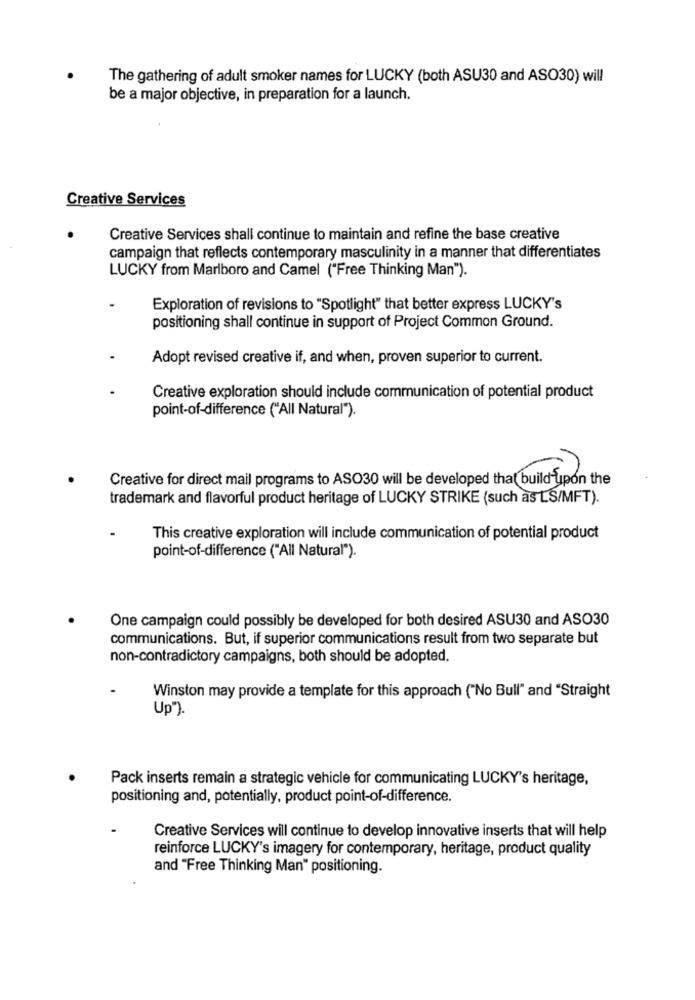
The gathering of adult smoker names for LUCKY (both ASU30 and ASO30) will
be a major objective, in preparation for a launch.
Creative Services
Creative Services shall continue to maintain and refine the base creative
campaign that reflects contemporary masculinity in a manner that differentiates
LUCKY from Marlboro and Camel ("Free Thinking Man").
Exploration of revisions to "Spotlight" that better express LUCKY's
positioning shall continue in support of Project Common Ground.
Adopt revised creative if, and when, proven superior to current.
Creative exploration should include communication of potential product
point-of-difference ("All Natural").
Creative for direct mail programs to ASO30 will be developed that build upon the
trademark and flavorful product heritage of LUCKY STRIKE (such as LS/MFT).
This creative exploration will include communication of potential product
point-of-difference ("All Natural").
One campaign could possibly be developed for both desired ASU30 and ASO30
communications. But, if superior communications result from two separate but
non-contradictory campaigns, both should be adopted.
Winston may provide a template for this approach ("No Bull" and "Straight
Up").
Pack inserts remain a strategic vehicle for communicating LUCKY's heritage,
positioning and, potentially, product point-of-difference.
Creative Services will continue to develop innovative inserts that will help
reinforce LUCKY's imagery for contemporary, heritage, product quality
and "Free Thinking Man" positioning.